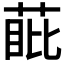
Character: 𮏰